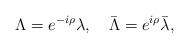
LaTeX: \begin{align*}\Lambda = e^{-i\rho}\lambda,\quad\bar\Lambda = e^{i\rho}\bar\lambda,\quad\end{align*}